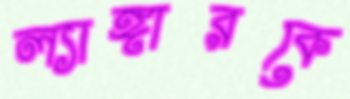
ল্যাঙ্গারকে